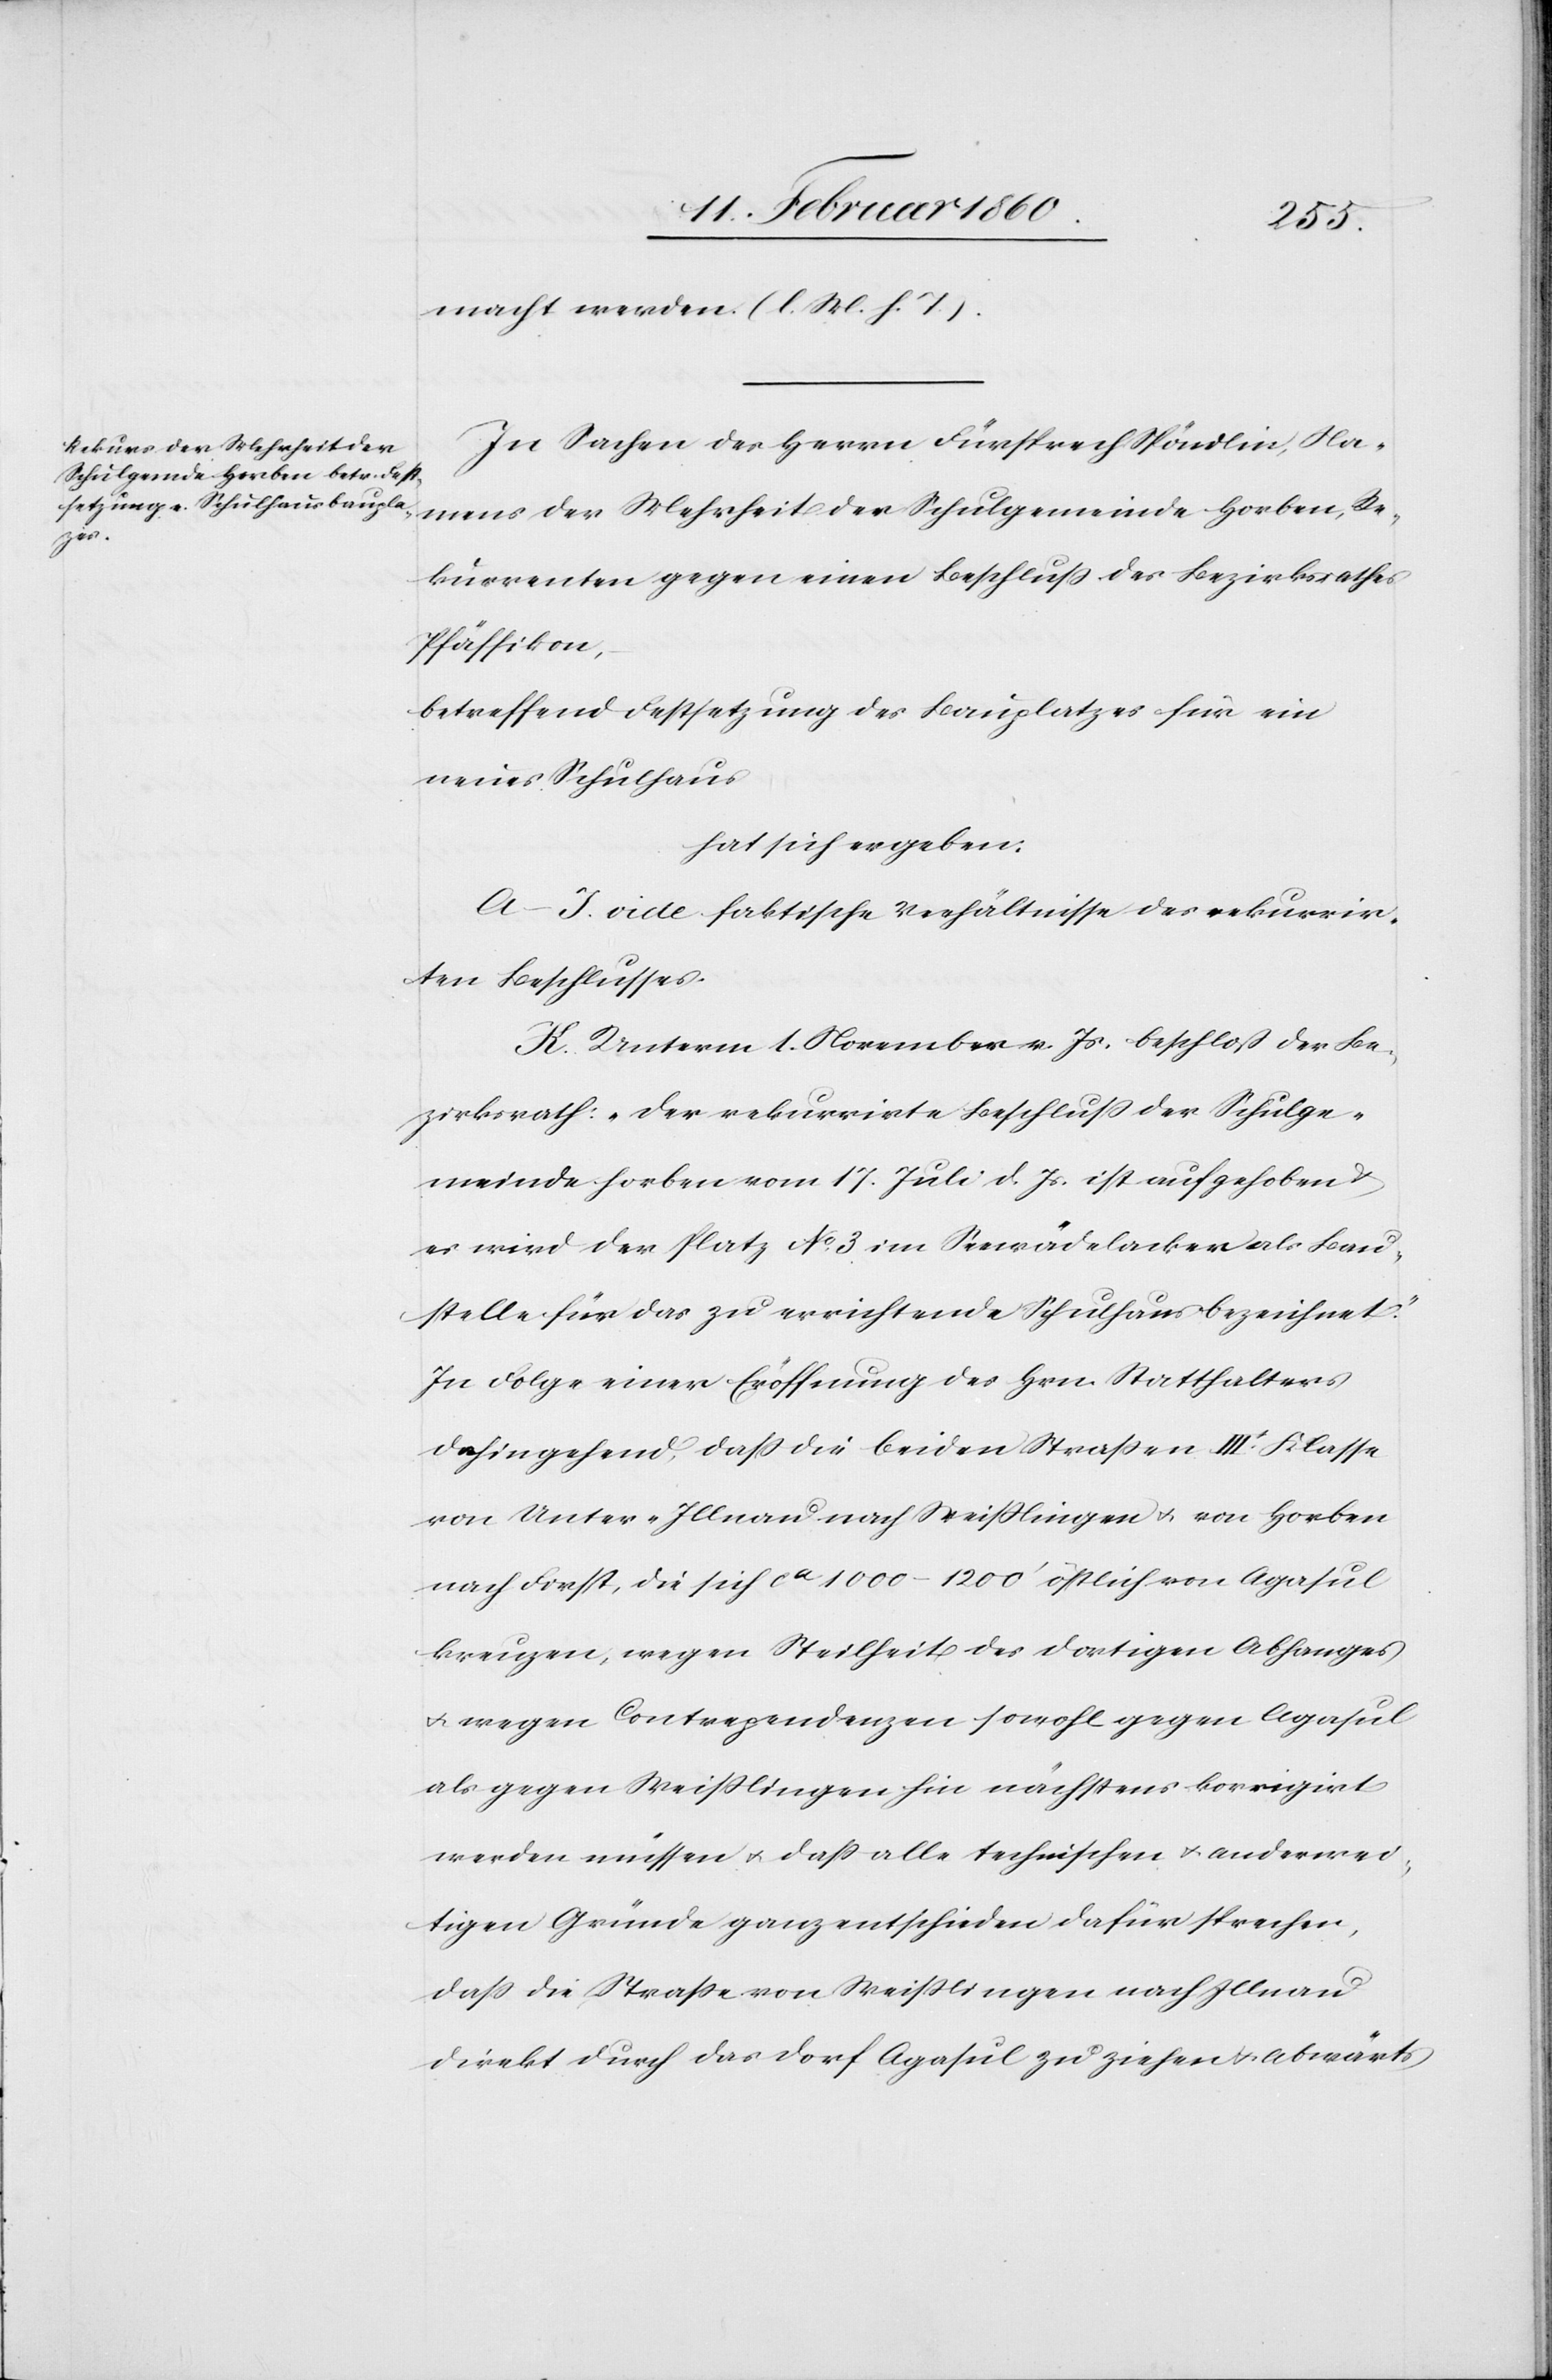
macht werden. [l. M. h. T]
In Sachen des Herrn Fürsprech Spöndlin, Na¬
mens der Mehrheit der Schulgemeinde Horben, Re¬
kurrenten gegen einen Beschluss des Bezirksrathes
Pfäffikon,
betreffend Festsetzung des Bauplatzes für ein
neues Schulhaus
hat sich ergeben:
A–J. vide faktische Verhältnisse des rekurrir¬
ten Beschlusses.
K. Unterm 1. November v. Js. beschloss der Be¬
zirksrath: „Der rekurrirte Beschluss der Schulge¬
meinde Horben vom 17. Juli d. Js. ist aufgehoben u.
es wird der Platz No 3. im Seewädelacker als Bau¬
stelle für das zu errichtende Schulhaus bezeichnet.“
In Folge einer Eröffnung des Hrn. Statthalters
dahin gehend, dass die beiden Strassen IIIr Klasse
von Unter-Illnau nach Weisslingen u. von Horben
nach Forst, die sich ca 1000–1200’ östlich von Agasul
kreuzen, wegen Steilheit des dortigen Abhanges
u. wegen Conrependenzen [sic!] sowohl gegen Agasul
als gegen Weisslingen hin nächstens korrigirt
werden müssen u. dass alle technischen u. anderwei¬
tigen Gründe ganz entschieden dafür sprechen,
dass die Strasse von Weisslingen nach Illnau
direkt durch das Dorf Agasul zu ziehen u. abwärts